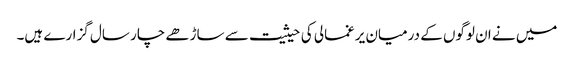
میں نے ان لوگوں کے درمیان یرغمالی کی حیثیت سے ساڑھے چار سال گزارے ہیں۔